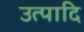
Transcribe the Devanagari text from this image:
उत्पादि